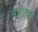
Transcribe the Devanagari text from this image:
आरोनला